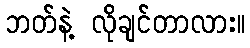
ဘတ်နဲ့ လိုချင်တာလား။